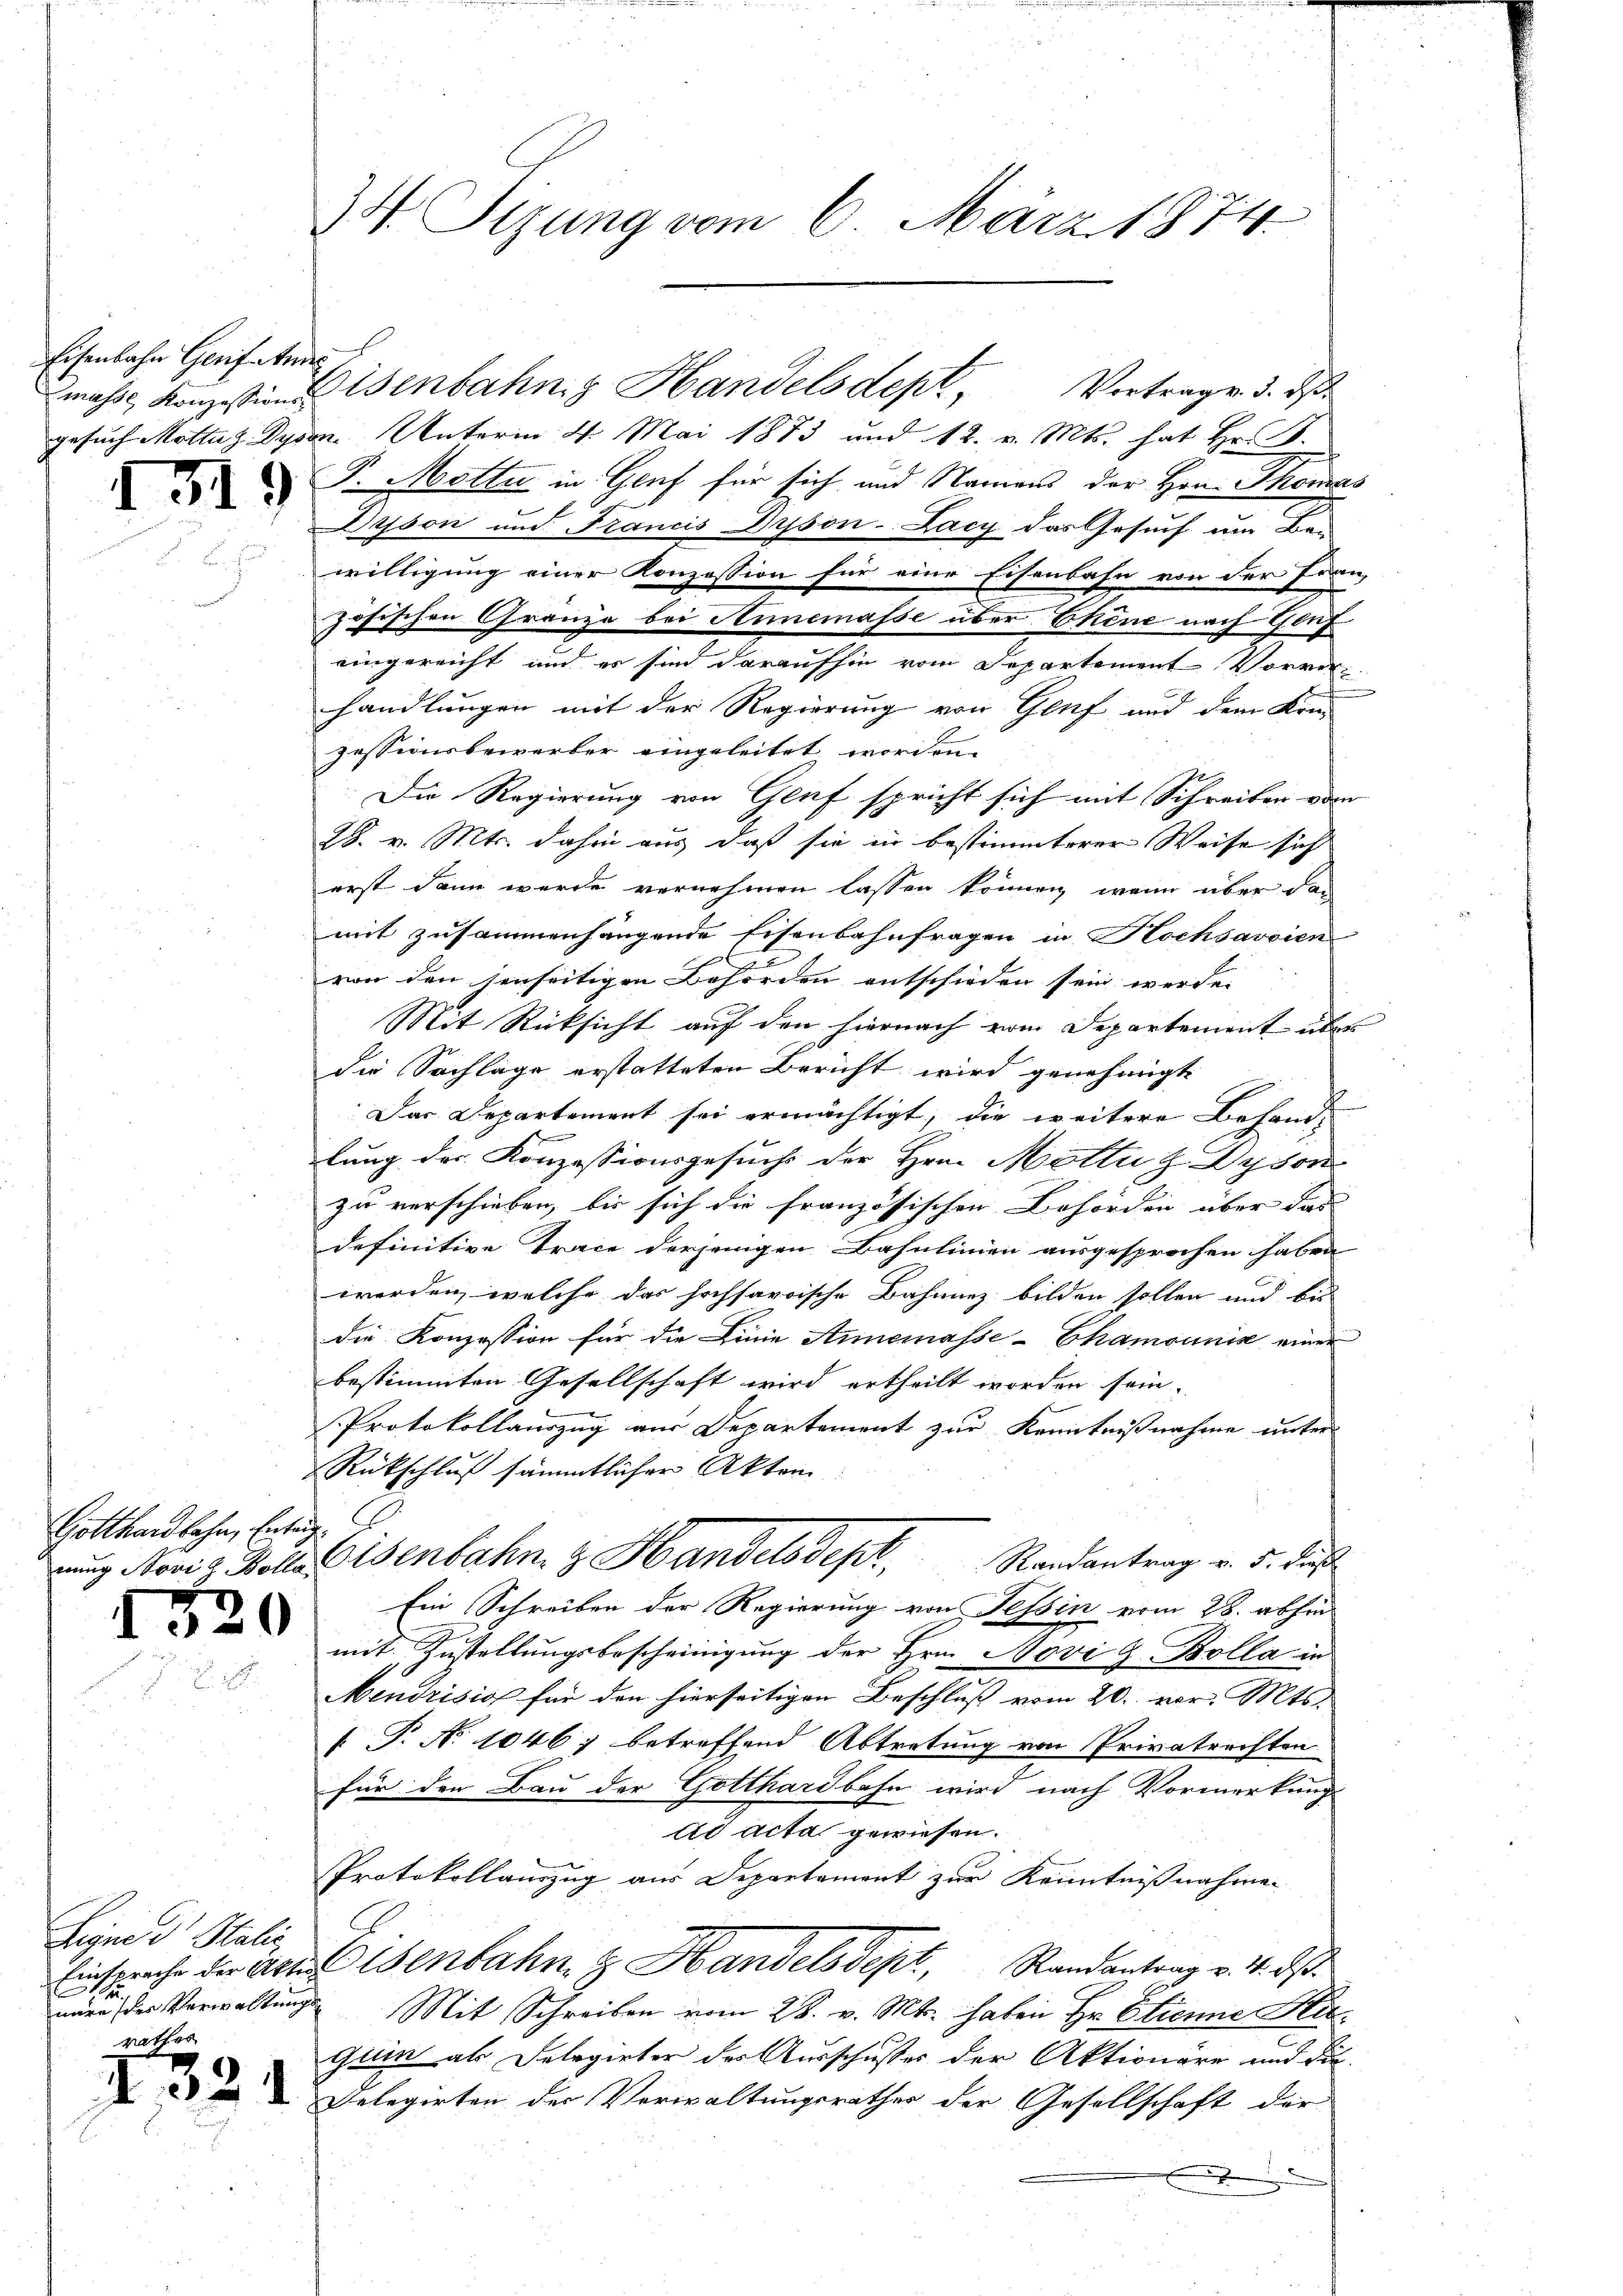
Eisenbahn Gersatz

1319

Gotthardbahn, Entrig

520

Leyne et Stalie
näre des Verwaltungs
rathes

I321

34. Tizung vom 6. März 1874.

gesuch Mottag Dysen. Unterm 4. Mai 1873 und 12. v. Mts. hat Hr. B.
F. Motta in Genf für sich und Namens der Hrn. Thomas
Drsson und Francis Dyson-Lacy das Gesuch um Bei
willigung einer Konzession für eine Eisenbahn von der Fran
zösischen Granze bei Annemasse über Ehene nach Genf
eingereicht und es sind daraufhin vom Departement Vorrer-
handlungen mit der Regierung von Genf und dem Krie
zessionsbewerber eingeleitet worden.
Die Regierung von Genf spricht sich mit Schreiben vom
28. v. Mts. dahin aus, daß sie in bestimmterer Weise sich
erst dann werde vernehmen lassen können, wenn über dan
mit zusammenhängende Eisenbahnfragen in Hochsavoien
l
von den senseitigen Behörden entschieden sein werde.
Mit Rücksicht auf den hiernach vom Departement über
die Sachlage erstatteten Bericht wird genehmigt
Das Departement sei ermächtigt, die weitere Behandlung der Konzessionsgesuch der Hrn. Motta z Dysor
zu verschieben, bis sich die französischen Behörden über das
definitive Trace derjenigen Bahnlinien ausgesprochen haben
werden, welche das hochsavoische Bahnnez bilden sollen und bis
die Konzession für die Linie Annemasse-Chamounić einer
bestimmten Gesellschaft wird ertheilt worden sein.
Protokollauszug aus Departement zur Kenntnißnahme unter
Rückschluß sämmtlicher Akten
rŭng Novia Bolle Eisenbahn & Handelsdept. Randantrag v. 5. dieß
Ein Schreiben der Regierung von Tessin vom 28. abhin
mit Zustellungsbescheinigung der Hrn. Novi & Bolla in
Mendrisis für den hierseitigen Beschluß vom 20. vor. Mts.
[T. No 1046; betreffend Abtretung von Privatrechten
für den Bau der Gotthardbahn wird nach Vormerkung
ad acta gewiesen.
Protokollauszug aus Departement zur Kenntnißnahmen
Einspreche der Aktenbahn & Handels Sept, Randantrag v. 4. ds.
Mit Schreiben vom 28. v. Mts. haben Hr. Etienne Hitquin als Delegirter des Ausschusses der Aktionäre und die
Delegirten der Verwaltungsrathes der Gesellschaft der
.

mahs Konzesions Wenbahng Handelsdept, Vertrage. 3. ds.